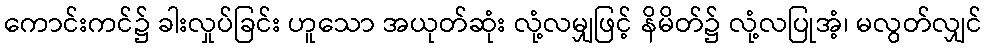
ကောင်းကင်၌ ခါးလှုပ်ခြင်း ဟူသော အယုတ်ဆုံး လုံ့လမျှဖြင့် နိမိတ်၌ လုံ့လပြုအံ့၊ မလွတ်လျှင်